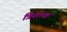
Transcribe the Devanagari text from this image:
त्रिंशत्क